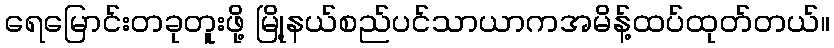
ရေမြောင်းတခုတူးဖို့ မြို့နယ်စည်ပင်သာယာကအမိန့်ထပ်ထုတ်တယ်။